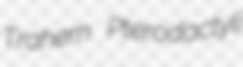
Trahern Pterodactyli